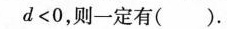
d < 0$$，则一定有( ).